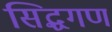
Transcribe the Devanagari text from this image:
सिद्धगण